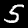
Digit: 5